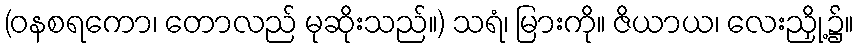
(ဝနစရကော၊ တောလည် မုဆိုးသည်။) သရံ၊ မြားကို။ ဇိယာယ၊ လေးညှို့၌။